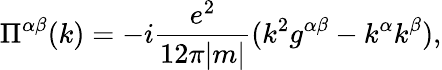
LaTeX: \Pi^{\alpha\beta}(k)=-i\frac{e^{2}}{12\pi|m|}(k^{2}g^{\alpha\beta}-k^{\alpha}k^{\beta}),